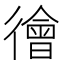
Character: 徻